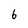
Character: 6